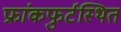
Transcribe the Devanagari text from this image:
फ्रांकफुर्टस्थित